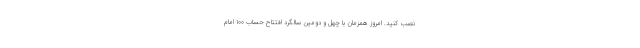
نصب کنید. امروز همزمان با چهل و دومین سالگرد افتتاح حسابِ ١٠٠ امام